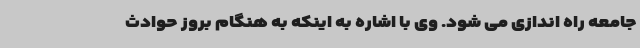
جامعه راه اندازی می شود. وی با اشاره به اینکه به هنگام بروز حوادث